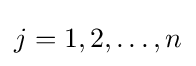
j=1,2,\dots ,n